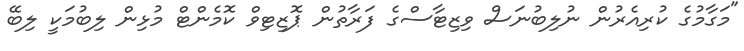
"މަގާމުގެ ކުރިއެރުން ނުލިބުނަސް ވިޒިޓާސްގެ ފަރާތުން ޕޮޒިޓިވް ކޮމެންޓް މުޅިން ލިބުމަކީ ލިބޭ